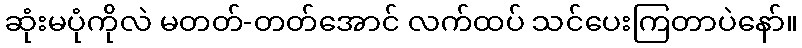
ဆုံးမပုံကိုလဲ မတတ်-တတ်အောင် လက်ထပ် သင်ပေးကြတာပဲနော်။